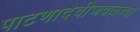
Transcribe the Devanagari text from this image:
पाटणादेवीजवळच्या